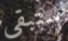
ستبقى